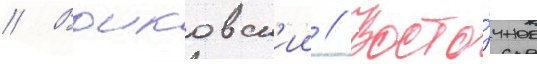
// Воиковск'ии // Восто́чное